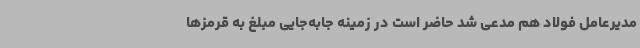
مدیرعامل فولاد هم مدعی شد حاضر است در زمینه جابه‌جایی مبلغ به قرمزها